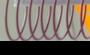
Signature authenticity: forged